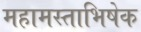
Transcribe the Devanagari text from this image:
महामस्ताभिषेक